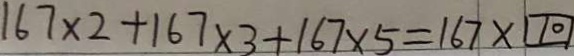
1 6 7 \times 2 + 1 6 7 \times 3 + 1 6 7 \times 5 = 1 6 7 \times \boxed { 1 0 }